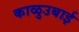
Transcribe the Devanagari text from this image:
काळुउबाई